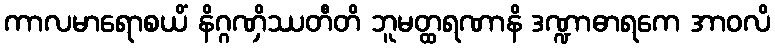
ကာလမာရောစယိံ နိဂ္ဂဏှိဿတီတိ ဘူမတ္ထရဏာနိ ဒဏ္ဍာဓာရကေ အာဝလိ